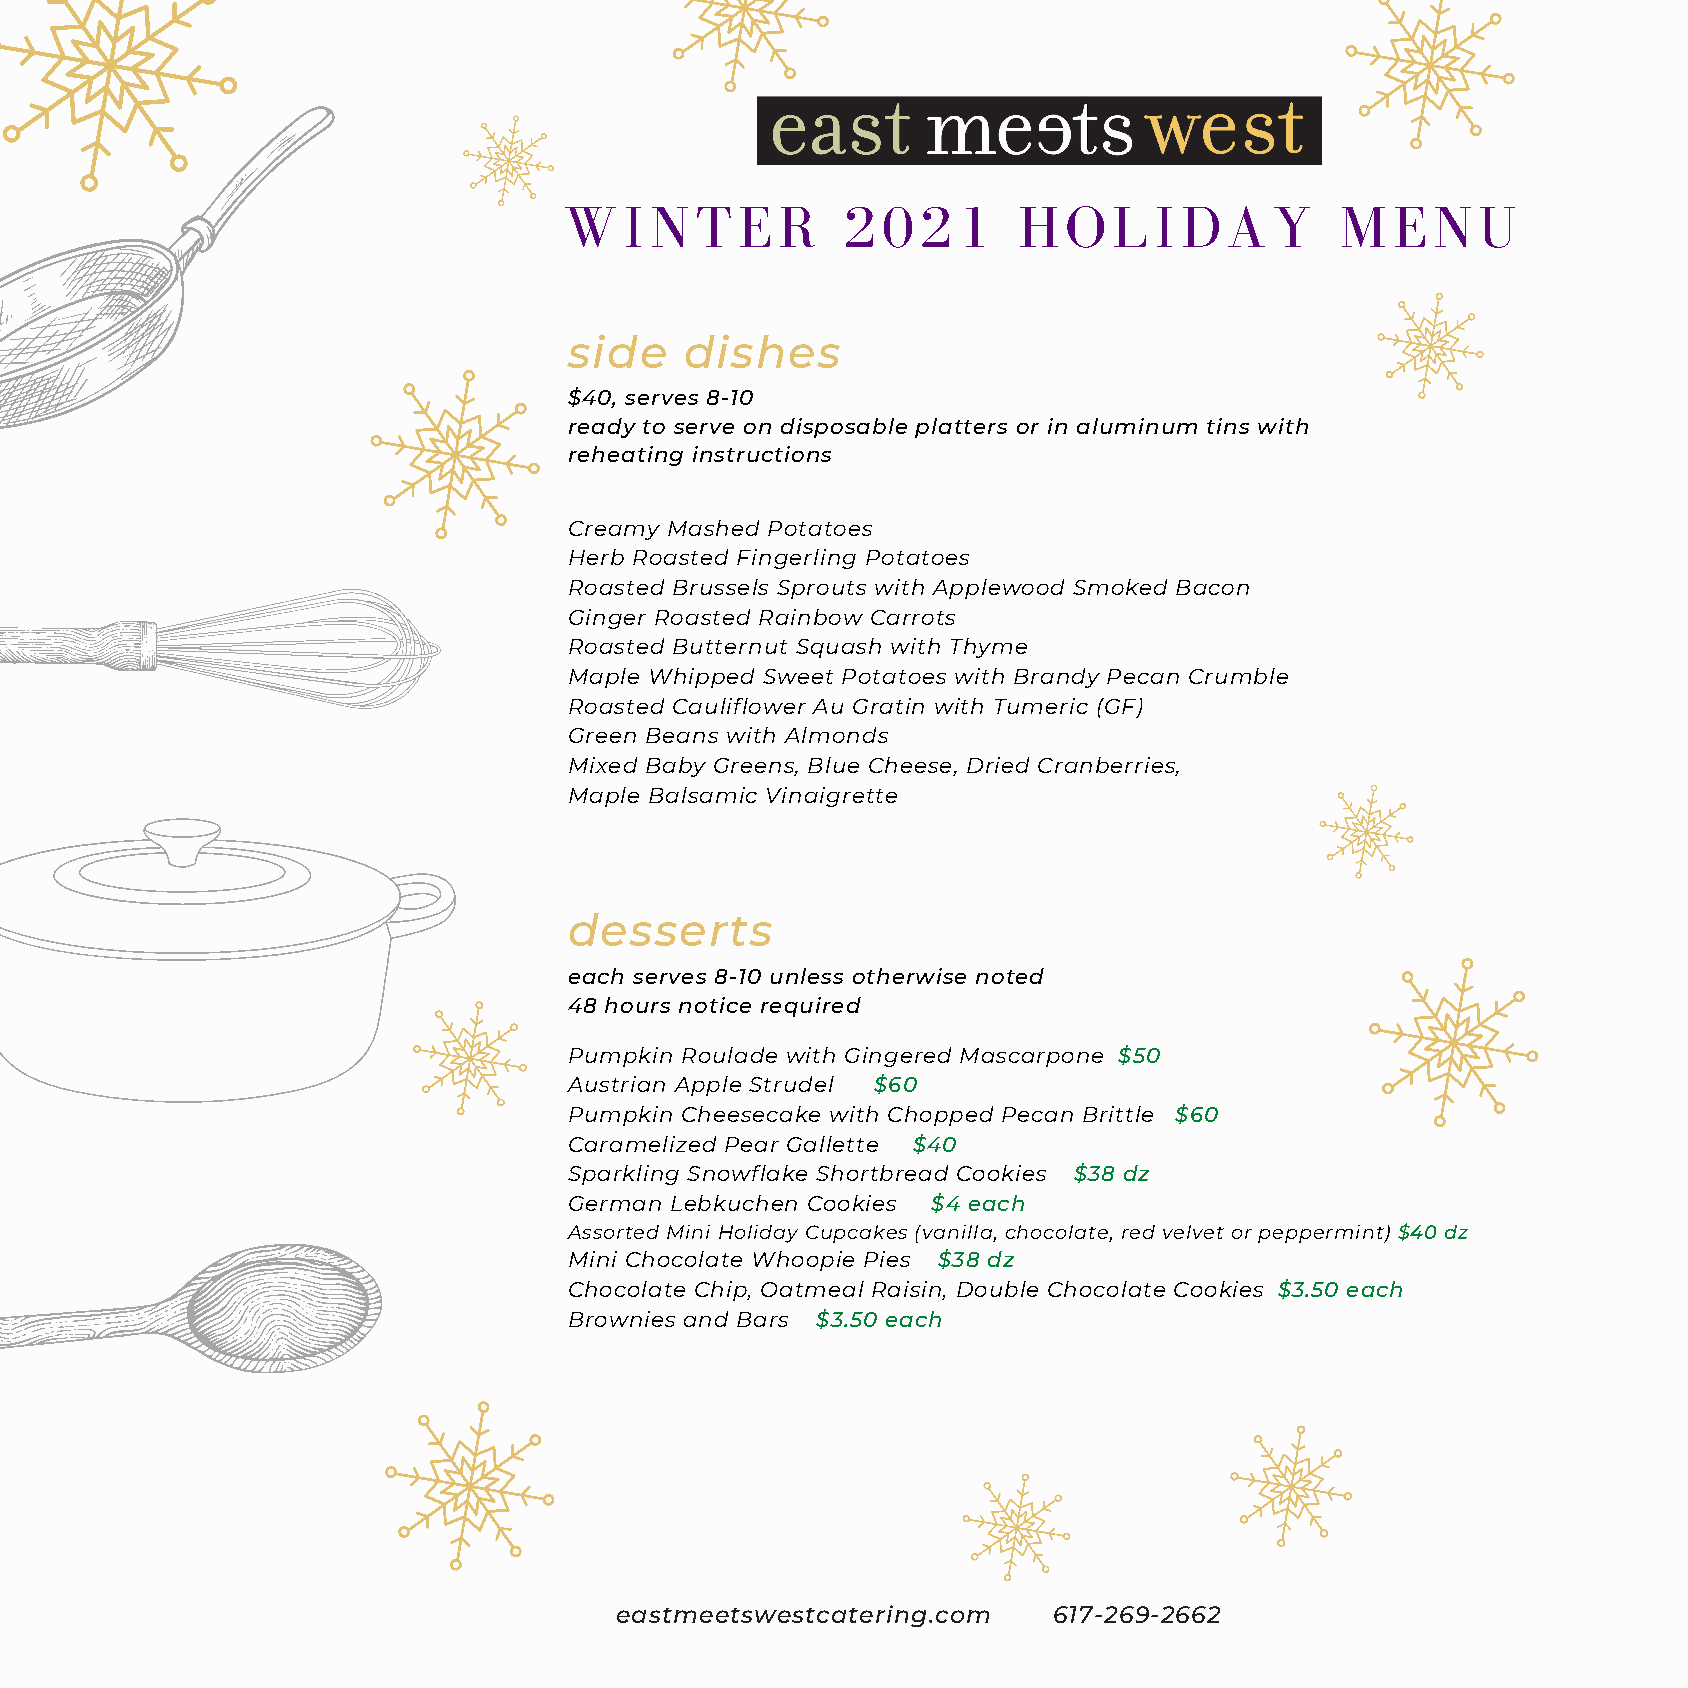
WINTER             2021       HOLIDAY               MENU
 side   dishes
 $40, serves 8-10
 ready to serve on disposable platters or in aluminum tins with
 reheating instructions
 Creamy Mashed Potatoes
 Herb Roasted Fingerling Potatoes
 Roasted Brussels Sprouts with Applewood Smoked Bacon
 Ginger Roasted Rainbow Carrots
 Roasted Butternut Squash with Thyme
 Maple Whipped Sweet Potatoes with Brandy Pecan Crumble
 Roasted Cauliflower Au Gratin with Tumeric (GF)
 Green Beans with Almonds
 Mixed Baby Greens, Blue Cheese, Dried Cranberries,
 Maple Balsamic Vinaigrette
 desserts
 each serves 8-10 unless otherwise noted
 48 hours notice required
 Pumpkin Roulade with Gingered Mascarpone $50
 Austrian Apple Strudel $60
 Pumpkin Cheesecake with Chopped Pecan Brittle $60
 Caramelized Pear Gallette $40
 Sparkling Snowflake Shortbread Cookies $38 dz
 German Lebkuchen Cookies $4 each
 Assorted Mini Holiday Cupcakes (vanilla, chocolate, red velvet or peppermint) $40 dz
 Mini Chocolate Whoopie Pies $38 dz
 Chocolate Chip, Oatmeal Raisin, Double Chocolate Cookies $3.50 each
 Brownies and Bars $3.50 each
 eastmeetswestcatering.com    617-269-2662
 T EASTMEE